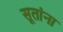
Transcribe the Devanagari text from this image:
सूतांना